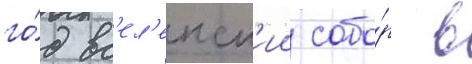
го́д вс'ел'енск'ии собо́р в